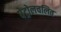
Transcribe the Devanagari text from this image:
पेट्रोलचलित